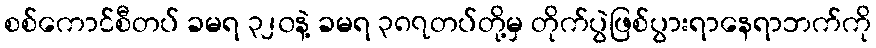
စစ်ကောင်စီတပ် ခမရ ၃၂၀နဲ့ ခမရ ၃၈၇တပ်တို့မှ တိုက်ပွဲဖြစ်ပွားရာနေရာဘက်ကို